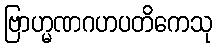
ဗြာဟ္မဏဂဟပတိကေသု